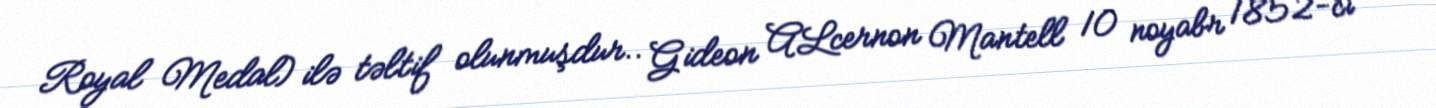
Royal Medal) ilə təltif olunmuşdur.. Gideon ALcernon Mantell 10 noyabr 1852-ci